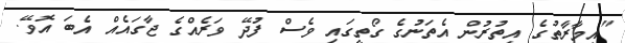
"އިމާރާތުގެ އިތުރުން އެތަނުގެ ގޯތީގައި ވެސް ފުދޭ ވަރެއްގެ ޖާގައެއް އެބަ އޮވޭ.